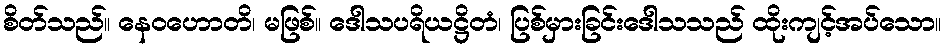
စိတ်သည်။ နေဝဟောတိ၊ မဖြစ်။ ဒေါသပရိယဋ္ဌိတံ၊ ပြစ်မှားခြင်းဒေါသသည် ထိုးကျင့်အပ်သော။